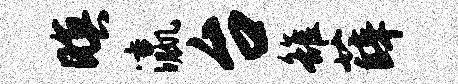
暝瀛台雒薛